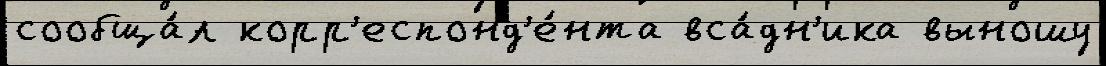
сообща́л корр'еспонд'е́нта вса́дн'ика выношу